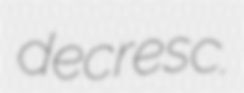
decresc.